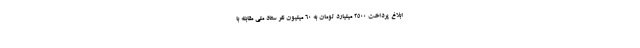
ابلاغ پرداخت ۲۵۰۰ میلیارد تومان به ۶۰ میلیون نفر ستاد ملی مقابله با